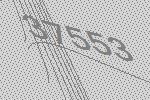
37553